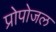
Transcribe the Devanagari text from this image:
प्रोपोजल